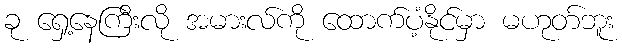
ခု ရှေ့နေကြီးလို အမားလ်ကို ထောက်ပံ့နိုင်မှာ မဟုတ်ဘူး